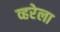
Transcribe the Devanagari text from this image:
व्हरेला